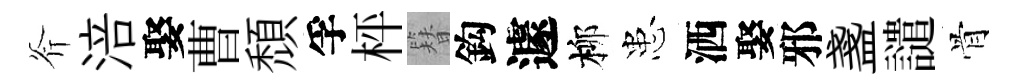
斧涪娶曹頹孚枰簪鈎遽柳患洒娶邪盞譴骨